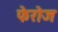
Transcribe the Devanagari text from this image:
फेरोज